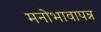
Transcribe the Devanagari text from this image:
मनोभावापन्न